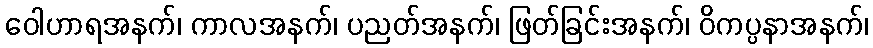
ဝေါဟာရအနက်၊ ကာလအနက်၊ ပညတ်အနက်၊ ဖြတ်ခြင်းအနက်၊ ဝိကပ္ပနာအနက်၊